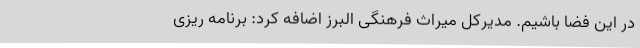
در این فضا باشیم. مدیرکل میراث فرهنگی البرز اضافه کرد: برنامه ریزی